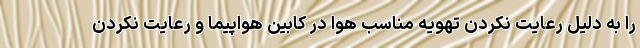
را به دلیل رعایت نکردن تهویه مناسب هوا در کابین هواپیما و رعایت نکردن